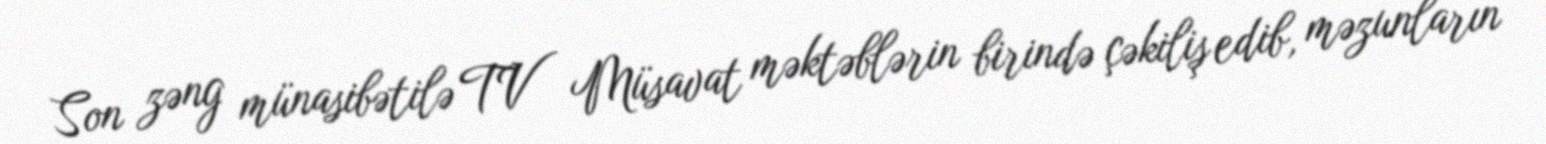
Son zəng münasibətilə TV Müsavat məktəblərin birində çəkiliş edib, məzunların